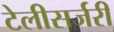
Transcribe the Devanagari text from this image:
टेलीसर्जरी